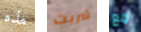
هذه شربت مع